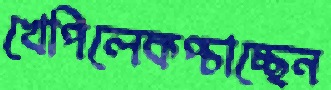
খেপিলেকপ্‌চাচ্ছেন